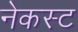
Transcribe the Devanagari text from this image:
नेकस्ट